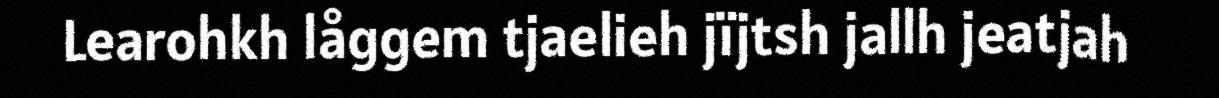
Learohkh låggem tjaelieh jïjtsh jallh jeatjah